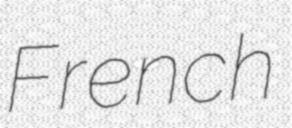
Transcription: French